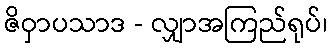
ဇိဝှာပသာဒ - လျှာအကြည်ရုပ်၊